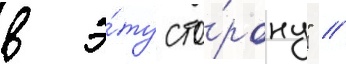
в э́ту сто́рону" //